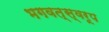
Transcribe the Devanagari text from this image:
भगवत्स्वरूप